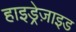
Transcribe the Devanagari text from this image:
हाइड्रेज़ाइड